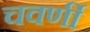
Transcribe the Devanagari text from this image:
चवर्णी